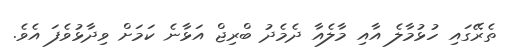
ތެރޭގައި ހުޅުމާލެ އާއި މާލެއާ ދެމެދު ބްރިޖް އަޅާނެ ކަމަށް ވިދާޅުވެފަ އެވެ.